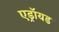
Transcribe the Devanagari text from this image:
एड्रॉयड